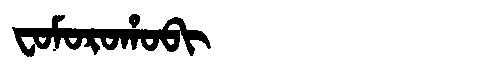
Manchu: ᠸᠣᠮᠣᡵᠣᡥᠣᠪᡳ
Romanization: FOMOROHOBI